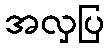
အလှပြ